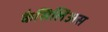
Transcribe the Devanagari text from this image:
कैसिलिअस